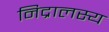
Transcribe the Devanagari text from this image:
निद्रालस्य